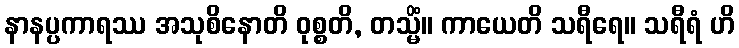
နာနပ္ပကာရဿ အသုစိနောတိ ဝုစ္စတိ, တသ္မိံ။ ကာယေတိ သရီရေ။ သရီရံ ဟိ